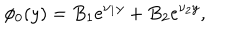
LaTeX: \phi _ { 0 } ( y ) = B _ { 1 } e ^ { \nu _ { 1 } y } + B _ { 2 } e ^ { \nu _ { 2 } y } ,